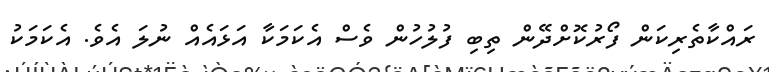
ރައްކާތެރިކަން ފޯރުކޮށްދޭން ތިބި ފުލުހުން ވެސް އެކަމަކާ އަޅައެއް ނުލަ އެވެ. އެކަމަކު